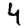
Digit: 4